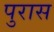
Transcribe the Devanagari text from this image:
पुरास